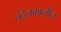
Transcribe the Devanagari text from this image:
चंदेलकालीन